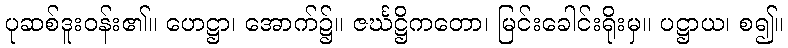
ပုဆစ်ဒူးဝန်း၏။ ဟေဋ္ဌာ၊ အောက်၌။ ဇင်္ဃဋ္ဌိကတော၊ မြင်းခေါင်းရိုးမှ။ ပဋ္ဌာယ၊ စ၍။